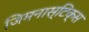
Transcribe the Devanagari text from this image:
जिमनास्टिक्‍स